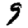
Digit: 9